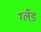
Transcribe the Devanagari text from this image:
ग्लँड